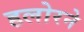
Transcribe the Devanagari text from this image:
हलोरने